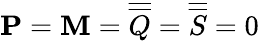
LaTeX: \mathbf{P}=\mathbf{M}=\overline{{\overline{{Q}}}}=\overline{{\overline{{S}}}}=0